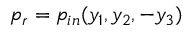
p _ { r } = p _ { i n } ( y _ { 1 } , y _ { 2 } , - y _ { 3 } )